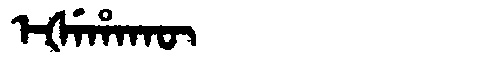
Manchu: ᡝᡧᡝᡥᠠᡴᡡ
Romanization: EŠEHAKŪ